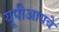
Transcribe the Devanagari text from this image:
यूपीआयचे